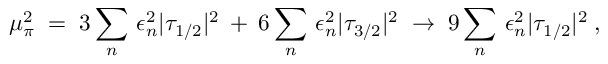
\mu _ { \pi } ^ { 2 } \; = \; 3 \sum _ { n } \, \epsilon _ { n } ^ { 2 } | \tau _ { 1 / 2 } | ^ { 2 } \: + \: 6 \sum _ { n } \, \epsilon _ { n } ^ { 2 } | \tau _ { 3 / 2 } | ^ { 2 } \; \to \; 9 \sum _ { n } \, \epsilon _ { n } ^ { 2 } | \tau _ { 1 / 2 } | ^ { 2 } \; ,